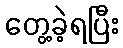
တွေ့ခဲ့ရပြီး